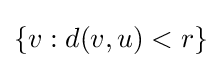
\{v:d(v,u)<r\}